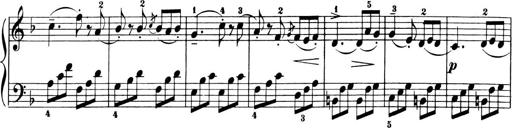
Title: 6 Piano Sonatinas
Composer: Cornelius Gurlitt